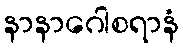
နာနာဂေါစရာနံ